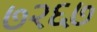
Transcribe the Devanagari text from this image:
७२६७